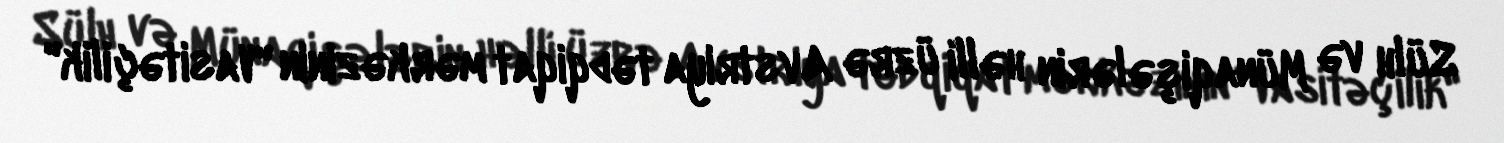
Sülh və Münaqişələrin həlli üzrə Avstriya tədqiqat mərkəzinin "Vasitəçilik"